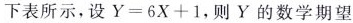
下表所示，设$$Y=6X + 1$$，则Y的数学期望